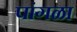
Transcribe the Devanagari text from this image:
पांगळा